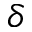
\delta